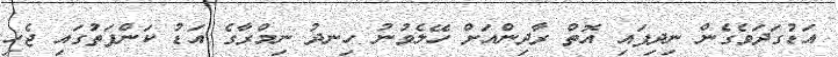
އަޑުގަދަވެގެން ނިދިފައި އޮތް ރާދިންއަށް ހޭލެވުނު ހިނދު ނިމްރާގެ އަޑު ކަންފަތުގައި ޖެހި